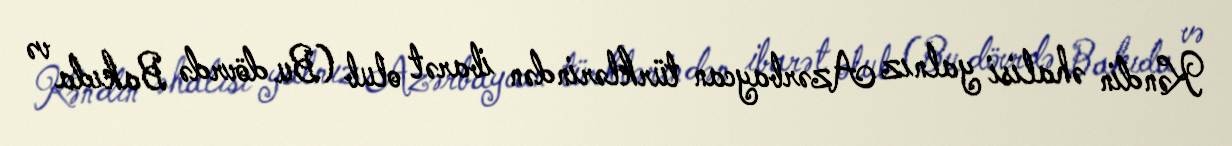
Kəndin əhalisi yalnız Azərbaycan türklərindən ibarət olub (Bu dövrdə Bakıda və